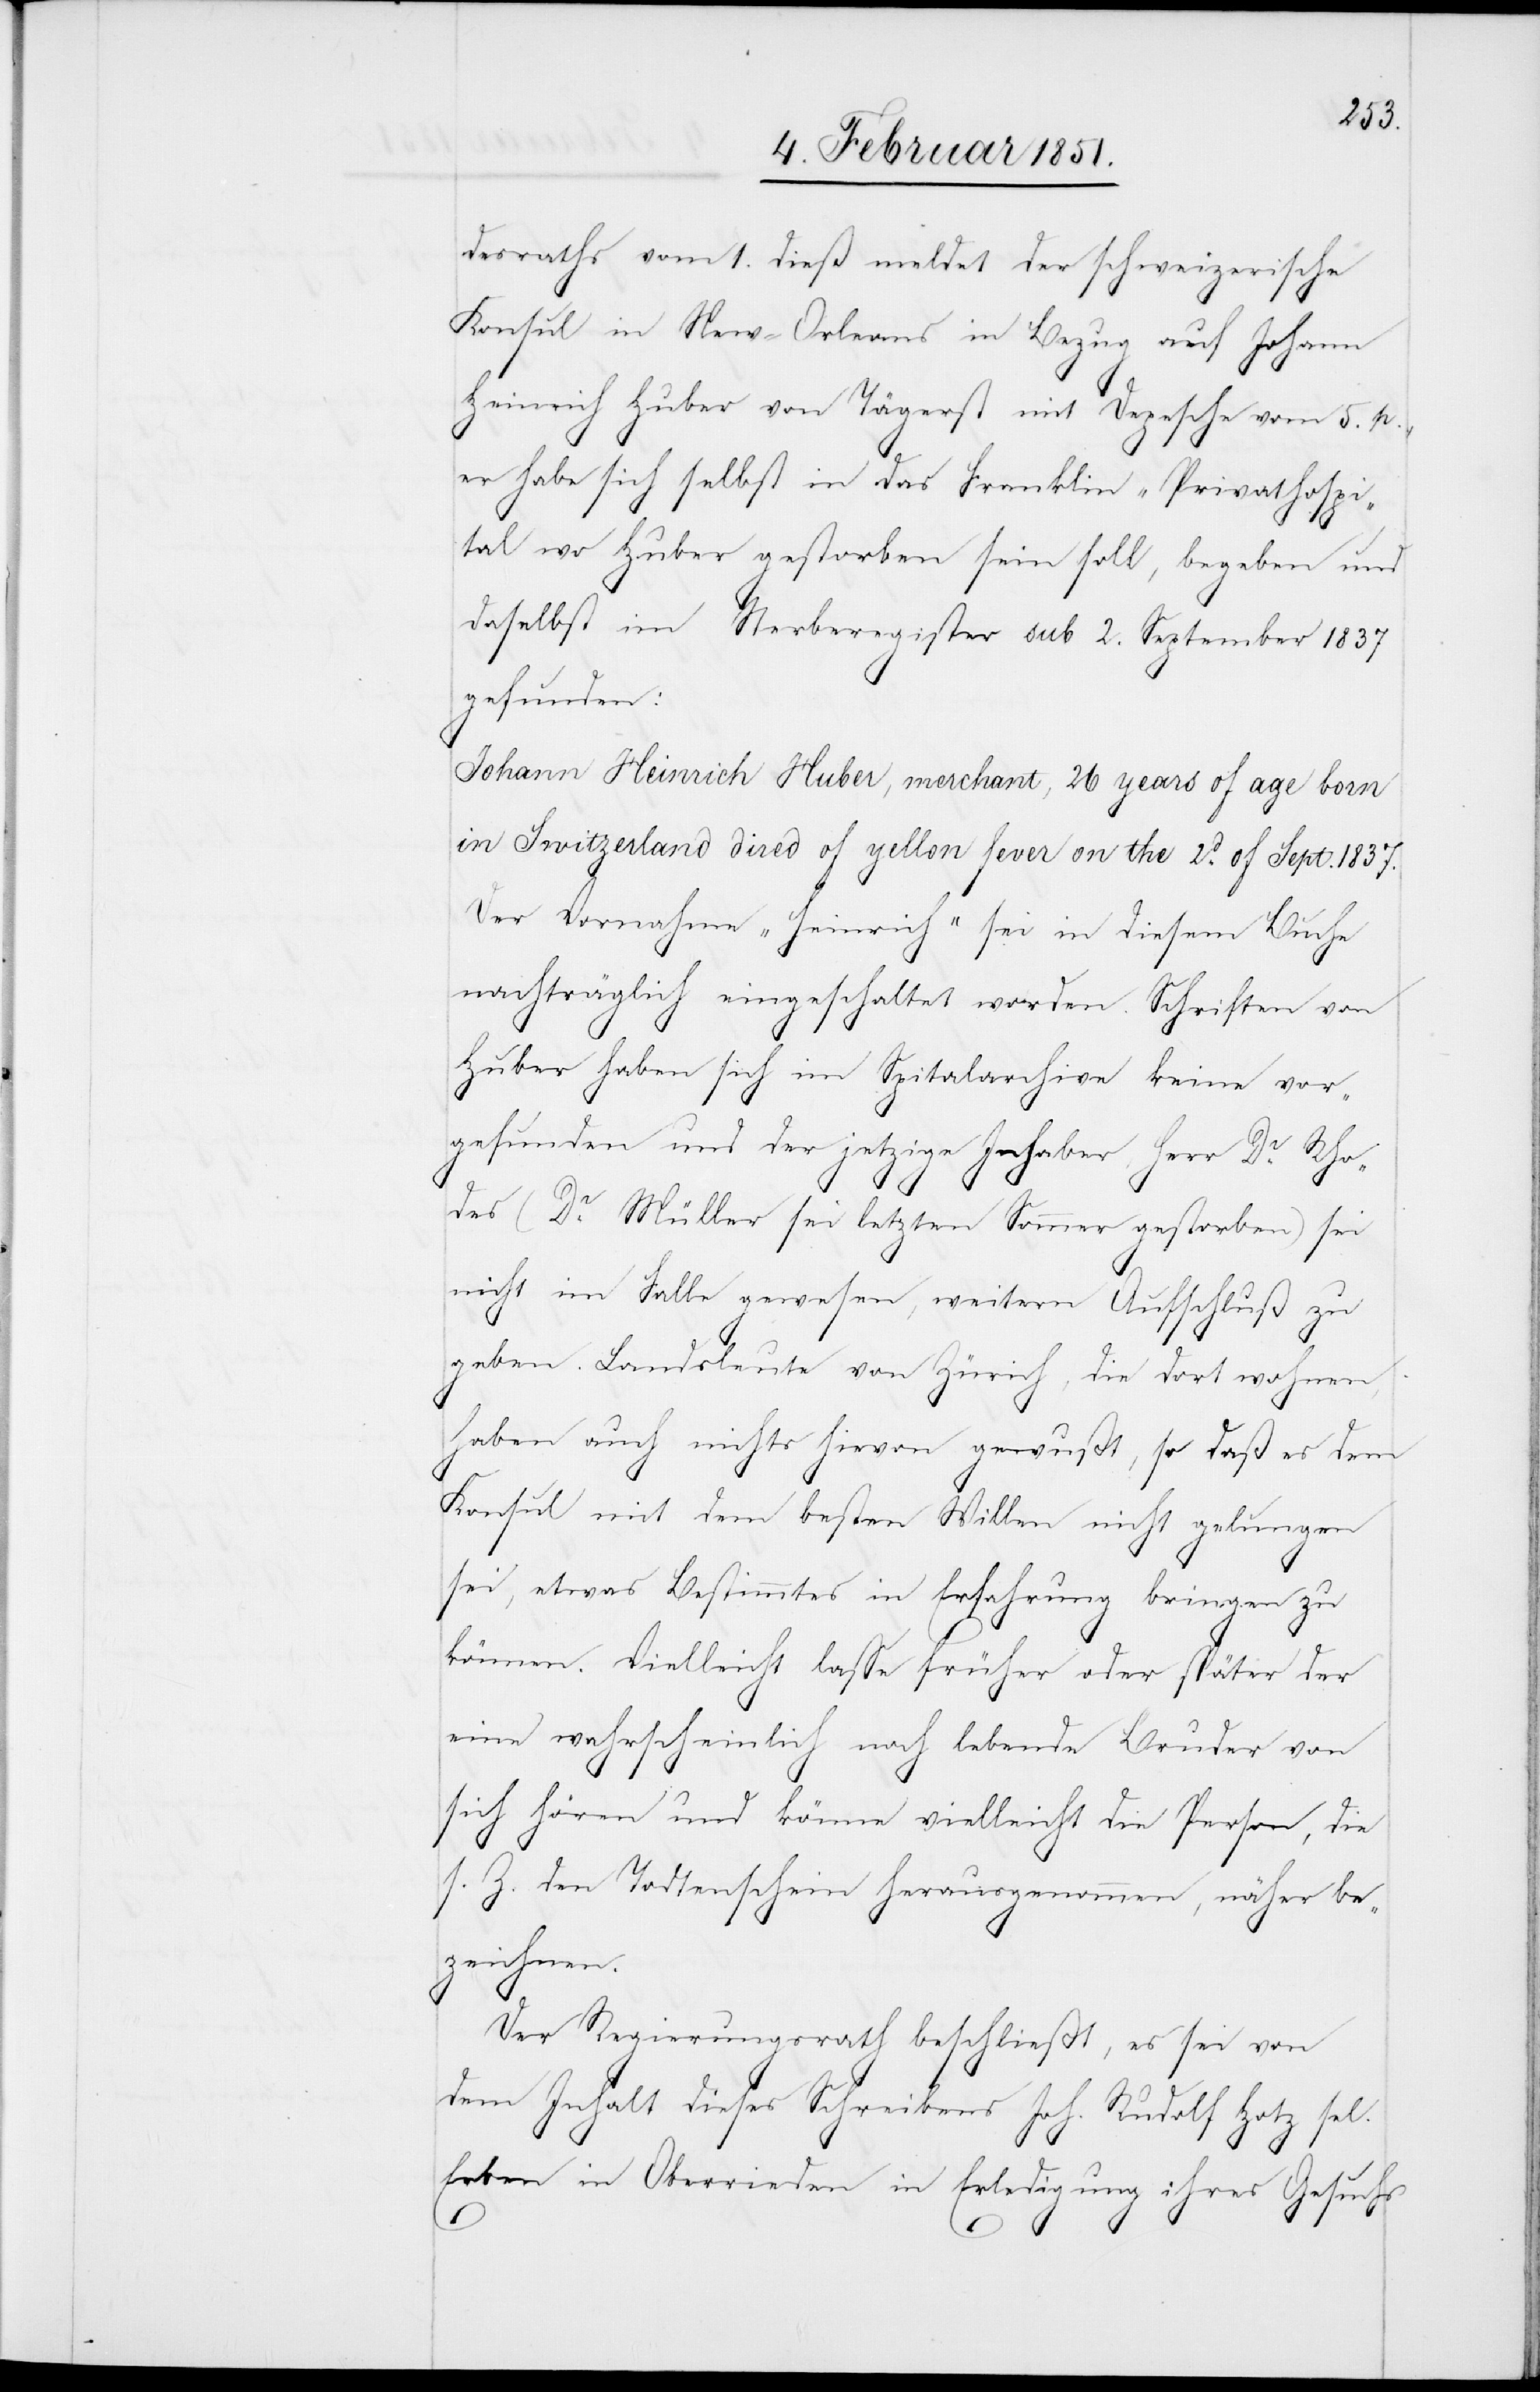
1837.
desraths vom 1. dieß meldet der schweizerische
Konsul in New-Orleans in Bezug auf Johann
Heinrich Huber von Tägerst mit Depesche vom 5. p.,
er habe sich selbst in das Franklin-Privathospi¬
tal wo Huber gestorben sein soll, begeben und
daselbst im Sterberegister sub 2. September 1837
gefunden:
Johann Heinrich Huber, merchant, 26 years of age born
Der Vornahme [sic!] „Heinrich“ sei in diesem Buche
nachträglich eingeschaltet worden. Schriften von
Huber haben sich im Spitalarchive keine vor¬
gefunden und der jetzige Inhaber, Herr Dr. Rho¬
des (Dr. Müller sei letzten Sommer gestorben) sei
nicht im Falle gewesen, weitern Aufschluß zu
geben. Landsleute von Zürich, die dort wohnen,
haben auch nichts hievon gewußt, so daß es dem
Konsul mit dem besten Willen nicht gelungen
sei, etwas Bestimmtes in Erfahrung bringen zu
können. Vielleicht lasse früher oder später der
eine wahrscheinlich noch lebende Bruder von
of
sich hören und könne vielleicht die Person, die
s. Z. den Todtenschein herausgenommen, näher be¬
zeichnen.
Der Regierungsrath beschließt, es sei von
dem Inhalt dieses Schreibens Joh. Rudolf Hotz sel.
Erben in Oberrieden in Erledigung ihres Gesuchs